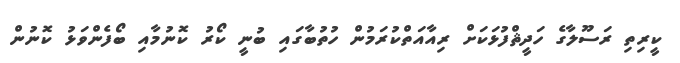
ކީރިތި ރަސޫލާގެ ހަދީޘްފުޅަކަށް ރިއާއަތްކުރަމުން ހުތުބާގައި ބުނީ ކޯރު ކޮނުމާއި ބޯފެންވަޅު ކޮނުން